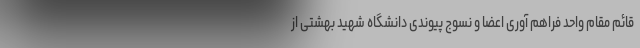
قائم مقام واحد فراهم آوری اعضا و نسوج پیوندی دانشگاه شهید بهشتی از